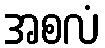
အစလံ